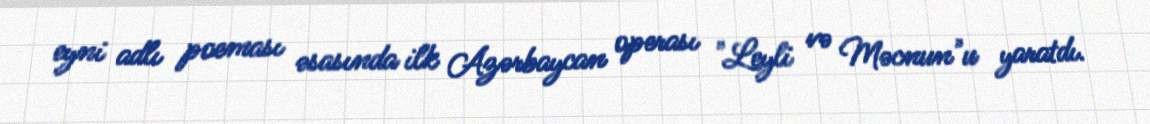
eyni adlı poeması əsasında ilk Azərbaycan operası "Leyli və Məcnun"u yaratdı.